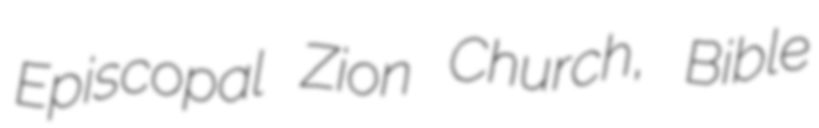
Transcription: Episcopal Zion Church, Bible